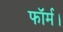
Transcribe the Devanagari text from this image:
फॉर्म।